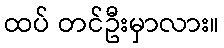
ထပ် တင်ဦးမှာလား။